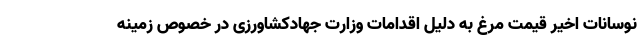
نوسانات اخیر قیمت مرغ به دلیل اقدامات وزارت جهادکشاورزی در خصوص زمینه